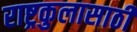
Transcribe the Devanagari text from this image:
राष्ट्रकुलासाठी